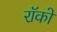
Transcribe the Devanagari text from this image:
रॉको